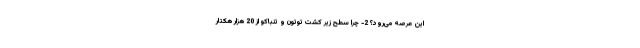
این عرصه می‌رود؟ 2- چرا سطح زیر کشت توتون و تنباکو از 20 هزار هکتار